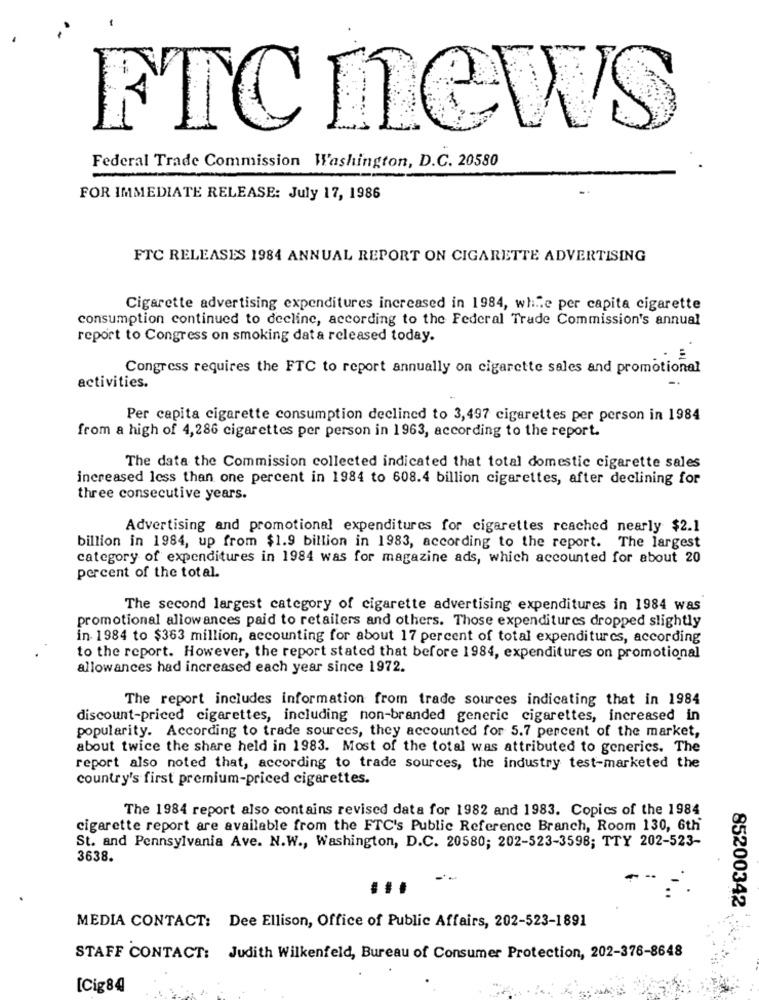
FTC news
Federal Trade Commission Washington, D.C. 20580
FOR IMMEDIATE RELEASE: July 17, 1986
FTC RELEASES 1984 ANNUAL REPORT ON CIGARETTE ADVERTISING
Cigarette advertising expenditures increased in 1984, while per capita cigarette
consumption continued to decline, according to the Federal Trade Commission's annual
report to Congress on smoking dat a released today.
Congress requires the FTC to report annually on cigarette sales and promotional
activities.
Per capita cigarette consumption declined to 3,497 cigarettes per person in 1984
from a high of 4,286 cigarettes per person in 1963, according to the report.
The data the Commission collected indicated that total domestic cigarette sales
increased less than one percent in 1984 to 608.4 billion cigarettes, after declining for
three consecutive years.
Advertising and promotional expenditures for cigarettes reached nearly $2.1
billion in 1984, up from $1.9 billion in 1983, according to the report. The largest
category of expenditures in 1984 was for magazine ads, which accounted for about 20
percent of the total.
The second largest category of cigarette advertising expenditures in 1984 was
promotional allowances paid to retailers and others. Those expenditures dropped slightly
in 1984 to $363 million, accounting for about 17 percent of total expenditures, according
to the report. However, the report stated that before 1984, expenditures on promotional
allowances had increased each year since 1972.
The report includes information from trade sources indicating that in 1984
discount-priced cigarettes, including non-branded generic cigarettes, increased in
popularity. According to trade sources, they accounted for 5.7 percent of the market,
about twice the share held in 1983. Most of the total was attributed to generics. The
report also noted that, according to trade sources, the industry test-marketed the
country's first premium-priced cigarettes.
The 1984 report also contains revised data for 1982 and 1983. Copics of the 1984
cigarette report are available from the FTC's Public Reference Branch, Room 130, 6th
St. and Pennsylvania Ave. N.W ., Washington, D.C. 20580; 202-523-3598; TTY 202-523-
3638.
...
85200342
MEDIA CONTACT: Dee Ellison, Office of Public Affairs, 202-523-1891
STAFF CONTACT: Judith Wilkenfeld, Bureau of Consumer Protection, 202-376-8648
[Cig84